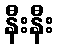
နီးနီး